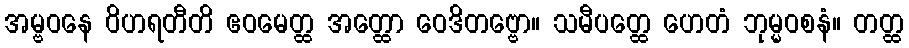
အမ္ဗဝနေ ဝိဟရတီတိ ဧဝမေတ္ထ အတ္ထော ဝေဒိတဗ္ဗော။ သမီပတ္ထေ ဟေတံ ဘုမ္မဝစနံ။ တတ္ထ